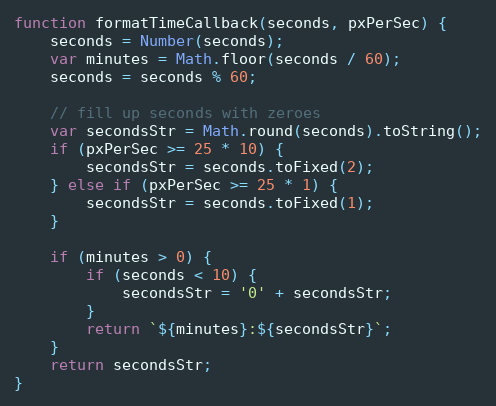
Language: JavaScript
function formatTimeCallback(seconds, pxPerSec) {
    seconds = Number(seconds);
    var minutes = Math.floor(seconds / 60);
    seconds = seconds % 60;

    // fill up seconds with zeroes
    var secondsStr = Math.round(seconds).toString();
    if (pxPerSec >= 25 * 10) {
        secondsStr = seconds.toFixed(2);
    } else if (pxPerSec >= 25 * 1) {
        secondsStr = seconds.toFixed(1);
    }

    if (minutes > 0) {
        if (seconds < 10) {
            secondsStr = '0' + secondsStr;
        }
        return `${minutes}:${secondsStr}`;
    }
    return secondsStr;
}